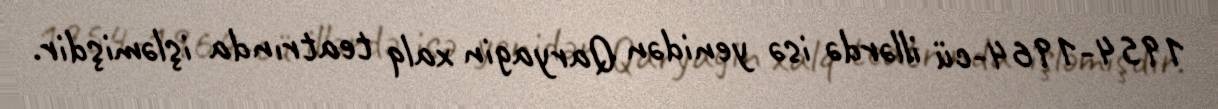
1954-1964-cü illərdə isə yenidən Qaryagin xalq teatrında işləmişdir.